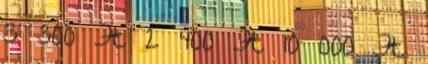
3 300 Ft 2 400 Ft 10 000 Ft